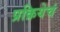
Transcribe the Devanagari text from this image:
प्रक्रियेचं